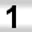
Digit: 1